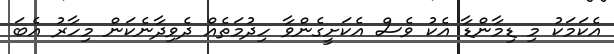
އެކަމަކު މި ޑިމާންޑާ އެކު ވެސް އެކަށީގެންވާ ހިދުމަތެއް ދެވިދާނެކަން މިހާރު އެބަ